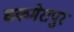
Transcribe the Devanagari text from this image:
चकमेरापुर